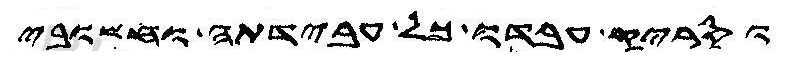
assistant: וסריק עבדו כל עבידתה וחשובי